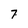
Character: 7